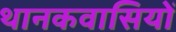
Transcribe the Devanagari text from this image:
थानकवासियों